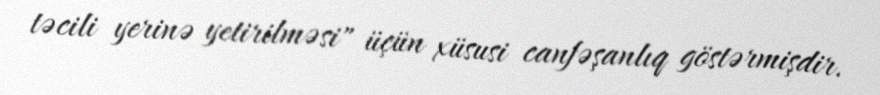
təcili yerinə yetirilməsi" üçün xüsusi canfəşanlıq göstərmişdir.